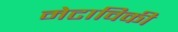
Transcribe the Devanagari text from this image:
मेटाविकी